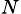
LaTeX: _{N}